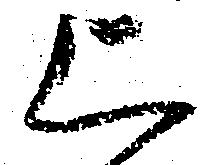
上